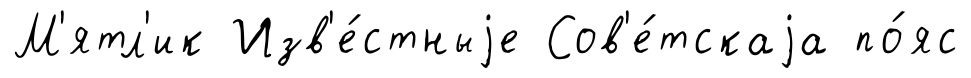
М'ятл'ик Изв'е́стныjе Сов'е́тскаjа по́яс